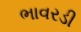
ભાવરડી